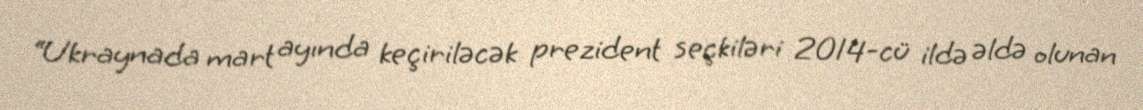
“Ukraynada mart ayında keçiriləcək prezident seçkiləri 2014-cü ildə əldə olunan